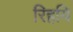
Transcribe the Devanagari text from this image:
रिहयि